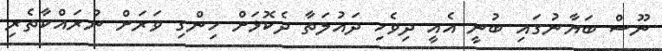
ނޫސް ބަޔާނުގައި ބުނީ އެއީ ދިވެހި ދައުލަތާ ދެކޮޅަށް ހިންގި ވަރަށް ނުރައްކާތެރި